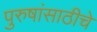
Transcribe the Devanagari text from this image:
पुरुषांसाठीचे